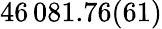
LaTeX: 46\, 081.76(61)